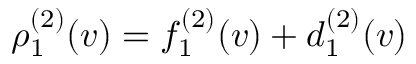
\rho _ { 1 } ^ { ( 2 ) } ( v ) = f _ { 1 } ^ { ( 2 ) } ( v ) + d _ { 1 } ^ { ( 2 ) } ( v )